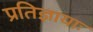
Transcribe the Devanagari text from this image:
प्रतिज्ञायाः